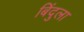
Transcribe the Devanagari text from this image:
बिंदुला